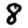
Digit: 8